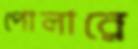
পোলারে